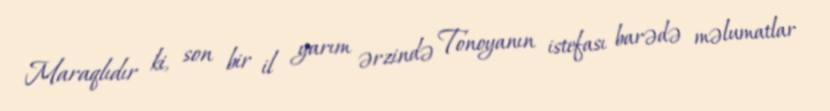
Maraqlıdır ki, son bir il yarım ərzində Tonoyanın istefası barədə məlumatlar